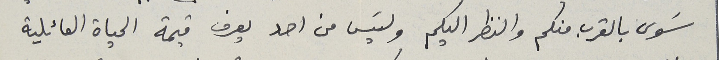
سَوى بالقرب منكم والنظر اليكم وليسَ من احد يعرف قيمة الحياة العائلية